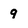
Character: 9